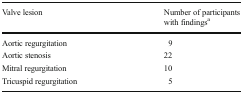
| Valve lesion | Number of participants with findingsa |
 | --- | --- |
 | Aortic regurgitation | 9 |
 | Aortic stenosis | 22 |
 | Mitral regurgitation | 10 |
 | Tricuspid regurgitation | 5 |